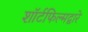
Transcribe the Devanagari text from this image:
शॉर्टफिल्मद्वारे